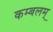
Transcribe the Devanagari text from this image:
कम्बलम्